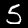
Digit: 5